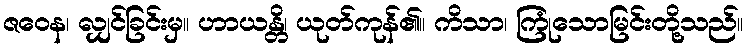
ဇဝေန၊ လျှင်ခြင်းမှ။ ဟာယန္တိ၊ ယုတ်ကုန်၏။ ကိသာ၊ ကြုံသောမြင်းတို့သည်။